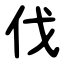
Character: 伐